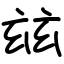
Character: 玆